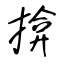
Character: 揜